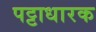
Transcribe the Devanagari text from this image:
पट्टाधारक